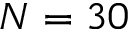
N = 3 0